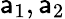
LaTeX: \mathsf{a}_{1},\mathsf{a}_{2}